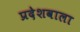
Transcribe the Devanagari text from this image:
प्रदेशवाला